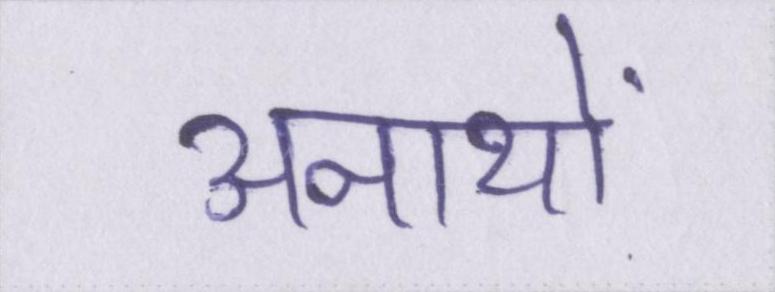
अनाथों